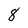
Character: 8